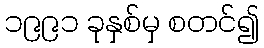
၁၉၉၁ ခုနှစ်မှ စတင်၍